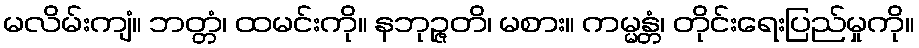
မလိမ်းကျံ။ ဘတ္တံ၊ ထမင်းကို။ နဘုဉ္ဇတိ၊ မစား။ ကမ္မန္တံ၊ တိုင်းရေးပြည်မှုကို။